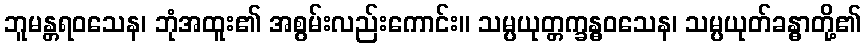
ဘူမန္တရဝသေန၊ ဘုံအထူး၏ အစွမ်းလည်းကောင်း။ သမ္ပယုတ္တက္ခန္ဓဝသေန၊ သမ္ပယုတ်ခန္ဓာတို့၏